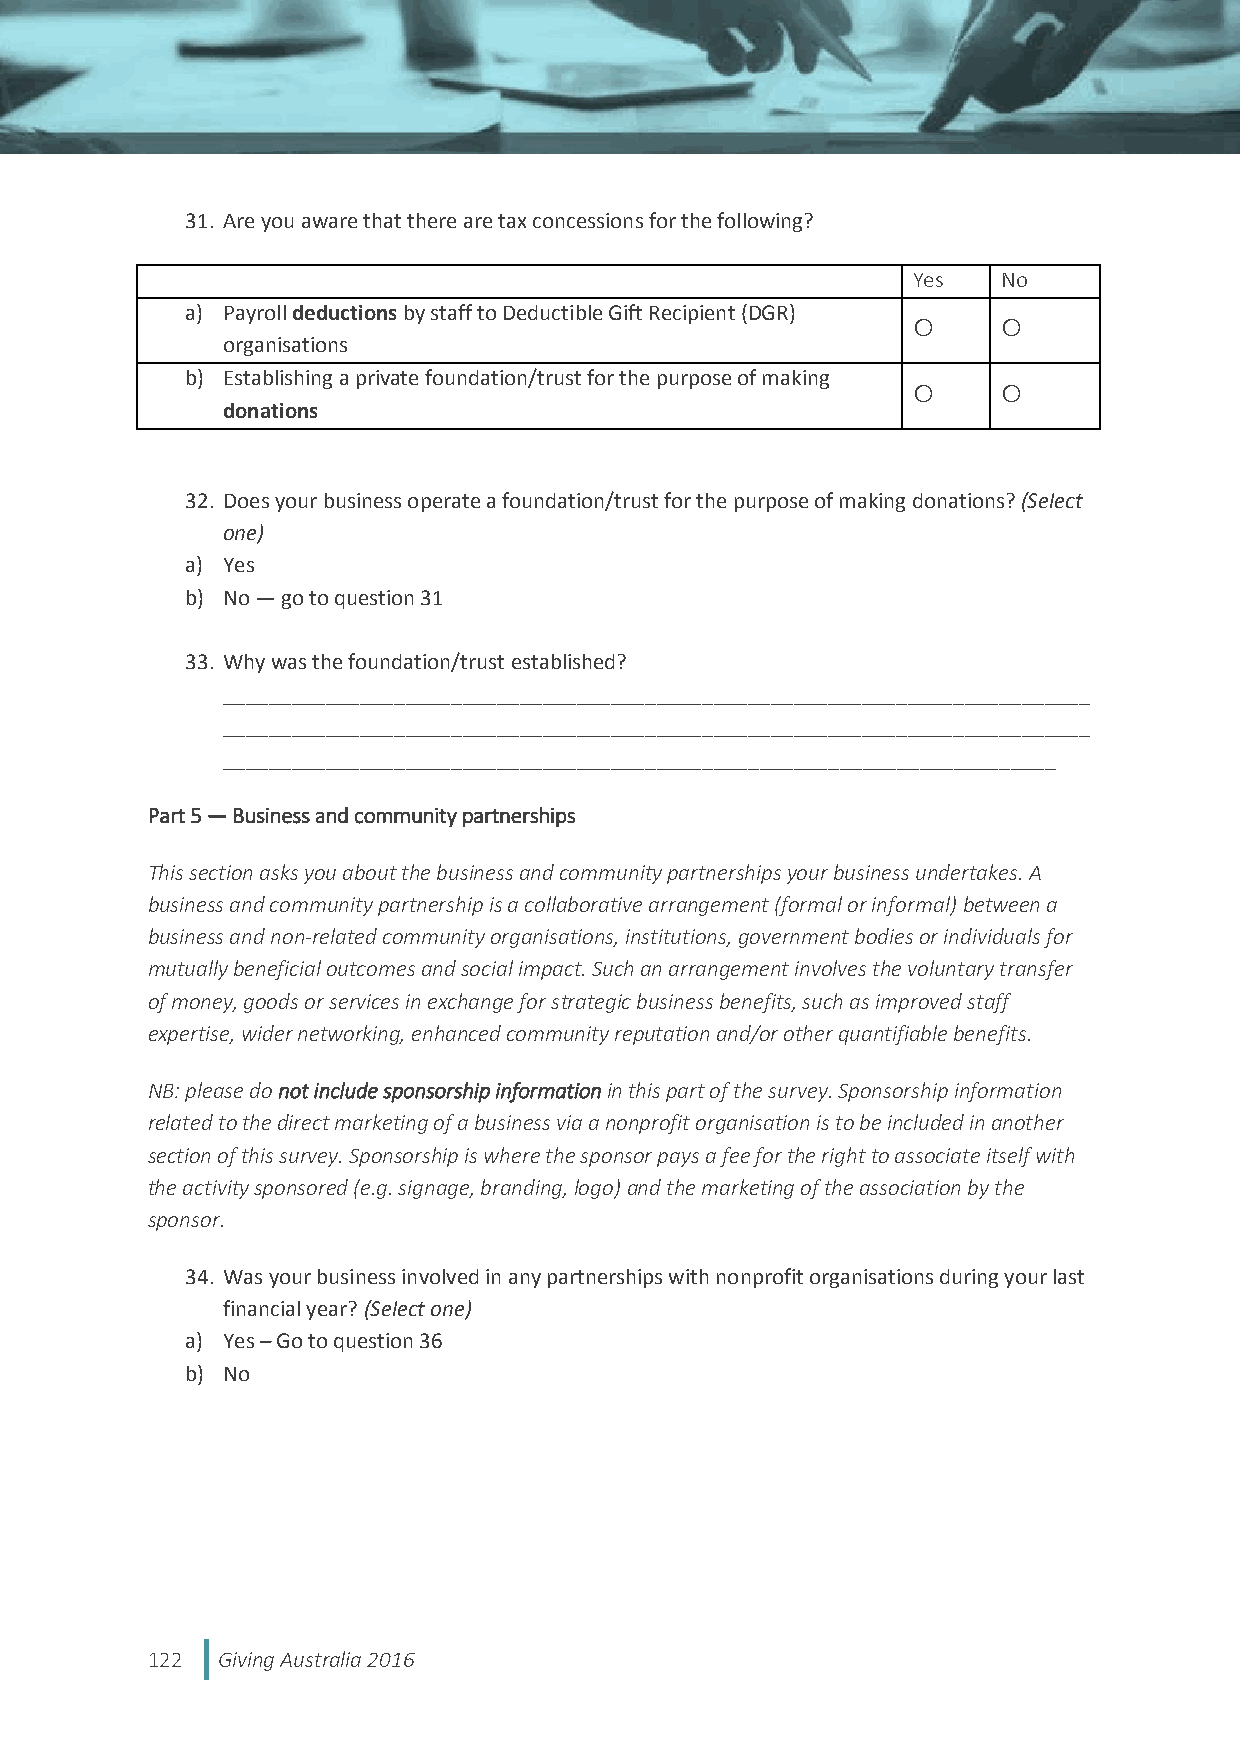
31. Are you aware that there are tax concessions for the following?
 Yes   No
 a) Payroll deductions by staff to Deductible Gift Recipient (DGR)
      
 organisations
 b) Establishing a private foundation/trust for the purpose of making
      
 donations
 32. Does your business operate a foundation/trust for the purpose of making donations? (Select
 one)
 a) Yes
 b) No — go to question 31
 33. Why was the foundation/trust established?
 ____________________________________________________________________________
 ____________________________________________________________________________
 _________________________________________________________________________
 Part 5 — Business and community partnerships
 This section asks you about the business and community partnerships your business undertakes. A
 business and community partnership is a collaborative arrangement (formal or informal) between a
 business and non-related community organisations, institutions, government bodies or individuals for
 mutually beneficial outcomes and social impact. Such an arrangement involves the voluntary transfer
 of money, goods or services in exchange for strategic business benefits, such as improved staff
 expertise, wider networking, enhanced community reputation and/or other quantifiable benefits.
 NB: please do not include sponsorship information in this part of the survey. Sponsorship information
 related to the direct marketing of a business via a nonprofit organisation is to be included in another
 section of this survey. Sponsorship is where the sponsor pays a fee for the right to associate itself with
 the activity sponsored (e.g. signage, branding, logo) and the marketing of the association by the
 sponsor.
 34. Was your business involved in any partnerships with nonprofit organisations during your last
 financial year? (Select one)
 a) Yes – Go to question 36
 b) No
 122 Giving Australia 2016